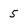
Character: 5